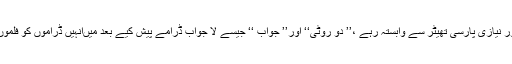
دراصل اقبال نیازی کے والد شور نیازی پارسی تھیٹر سے وابستہ رہے ،’’ دو روٹی‘‘ اور’’ جواب ‘‘ جیسے لا جواب ڈرامے پیش کیے بعد میںانہیں ڈراموں کو فلموں کی شکل میں پیش کیا گیا تھا ۔